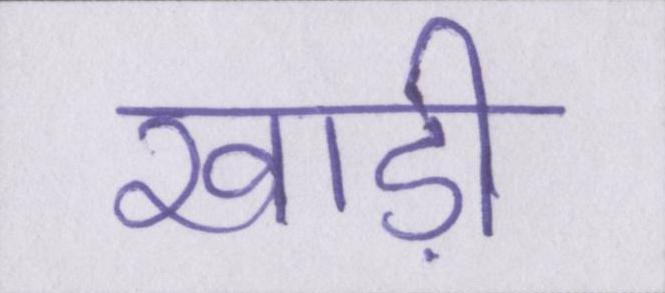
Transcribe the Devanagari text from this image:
खाड़ी